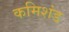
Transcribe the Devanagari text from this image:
कमिशंड